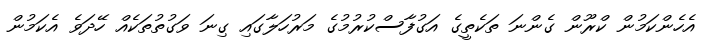
އެހެންކަމުން ކްރޫން ގެންނަ ތަކެތީގެ އަގުފާސްކުރުމުގެ މަރުހަލާގައި ގިނަ ވަގުތުތަކެއް ހޭދަވެ އެކަމުން